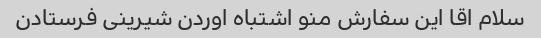
سلام اقا این سفارش منو اشتباه اوردن شیرینی فرستادن